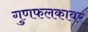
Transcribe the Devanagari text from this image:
गुणफलकावर